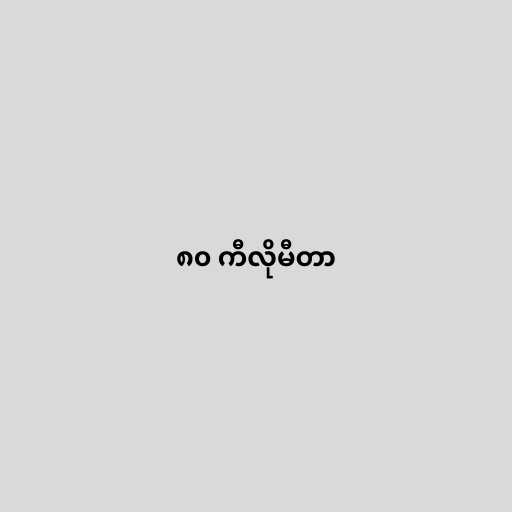
၈၀ ကီလိုမီတာ